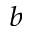
^ b